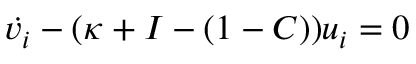
\dot { v _ { i } } - ( \kappa + I - ( 1 - C ) ) u _ { i } = 0